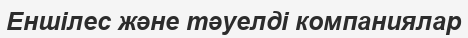
Еншілес және тәуелді компаниялар